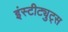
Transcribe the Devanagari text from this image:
इंस्टीट्युट्स